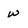
Character: W